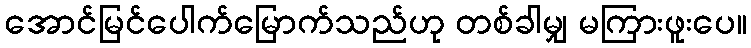
အောင်မြင်ပေါက်မြောက်သည်ဟု တစ်ခါမျှ မကြားဖူးပေ။